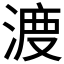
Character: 𱧣